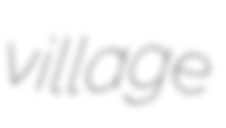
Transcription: village